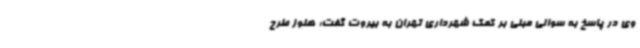
وی در پاسخ به سوالی مبنی بر کمک شهرداری تهران به بیروت گفت: هنوز طرح